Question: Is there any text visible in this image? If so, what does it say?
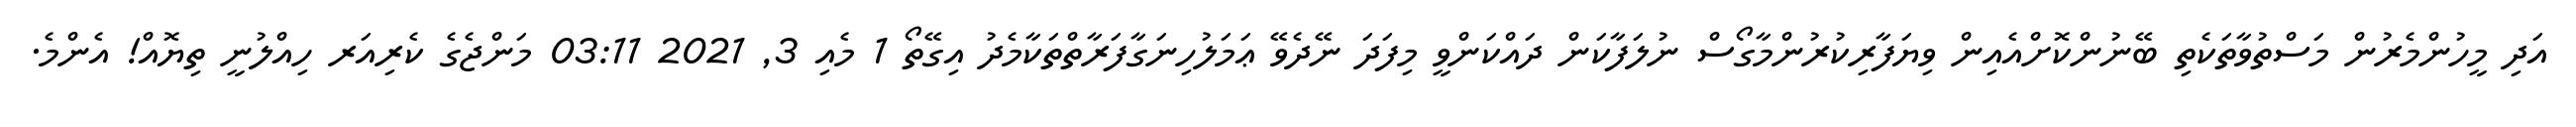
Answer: އަދި މީހުންމެރުން މަސްތުވާތަކެތި ބޭނުންކޮށްއެއިން ވިޔަފާރިކުރުންމާގޯސް ނުލަފާކަން ދައްކަންވީ މިފަދަ ނޭދެވޭ ޢަމަލުހިނަގާފަރާތްތަކާމެދު އިގޭތޯ 1 މެއި 3, 2021 03:11 މަންޖެގެ ކެރިއަރ ހިއްލުނީ ތިޔޮއް! އެންމެ.